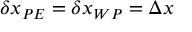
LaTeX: \delta x _ { P E } = \delta x _ { W P } = \Delta x